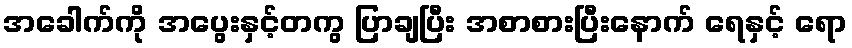
အခေါက်ကို အပွေးနှင့်တကွ ပြာချပြီး အစာစားပြီးနောက် ရေနှင့် ရော